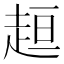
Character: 𧻚